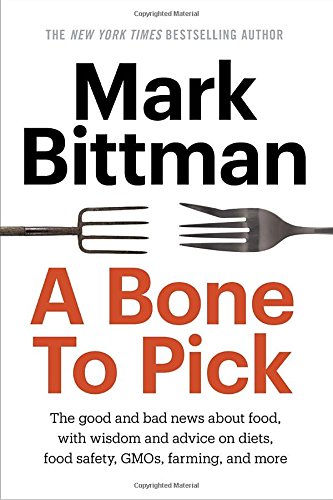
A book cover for A Bone to Pick: The good and bad news about food, with wisdom and advice on diets, food safety, GMOs, farming, and more; Mark Bittman; Cookbooks, Food & Wine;